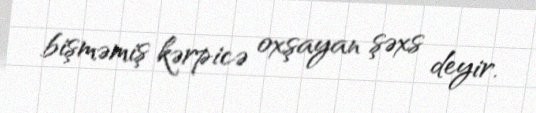
bişməmiş kərpicə oxşayan şəxs deyir.